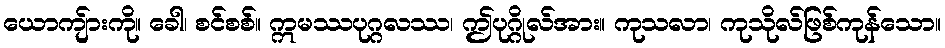
ယောကျ်ားကို။ ခေါ၊ စင်စစ်။ ဣမဿပုဂ္ဂလဿ၊ ဤပုဂ္ဂိုလ်အား။ ကုသလာ၊ ကုသိုလ်ဖြစ်ကုန်သော။